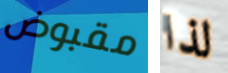
مقبوض لذا